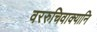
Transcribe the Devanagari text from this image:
वररुचिवाक्यानि